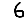
Digit: 6